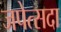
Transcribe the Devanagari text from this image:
जपेत्सदा